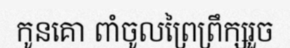
កូនគោ ពាំចូលព្រៃព្រឹក្សរួច